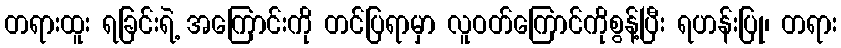
တရားထူး ရခြင်းရဲ့ အကြောင်းကို တင်ပြရာမှာ လူဝတ်ကြောင်ကိုစွန့်ပြီး ရဟန်းပြု၊ တရား